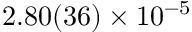
2 . 8 0 ( 3 6 ) \times 1 0 ^ { - 5 }